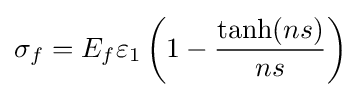
\sigma _{f}=E_{f}\varepsilon _{1}\left(1-{\frac {\tanh(ns)}{ns}}\right)